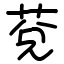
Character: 莌